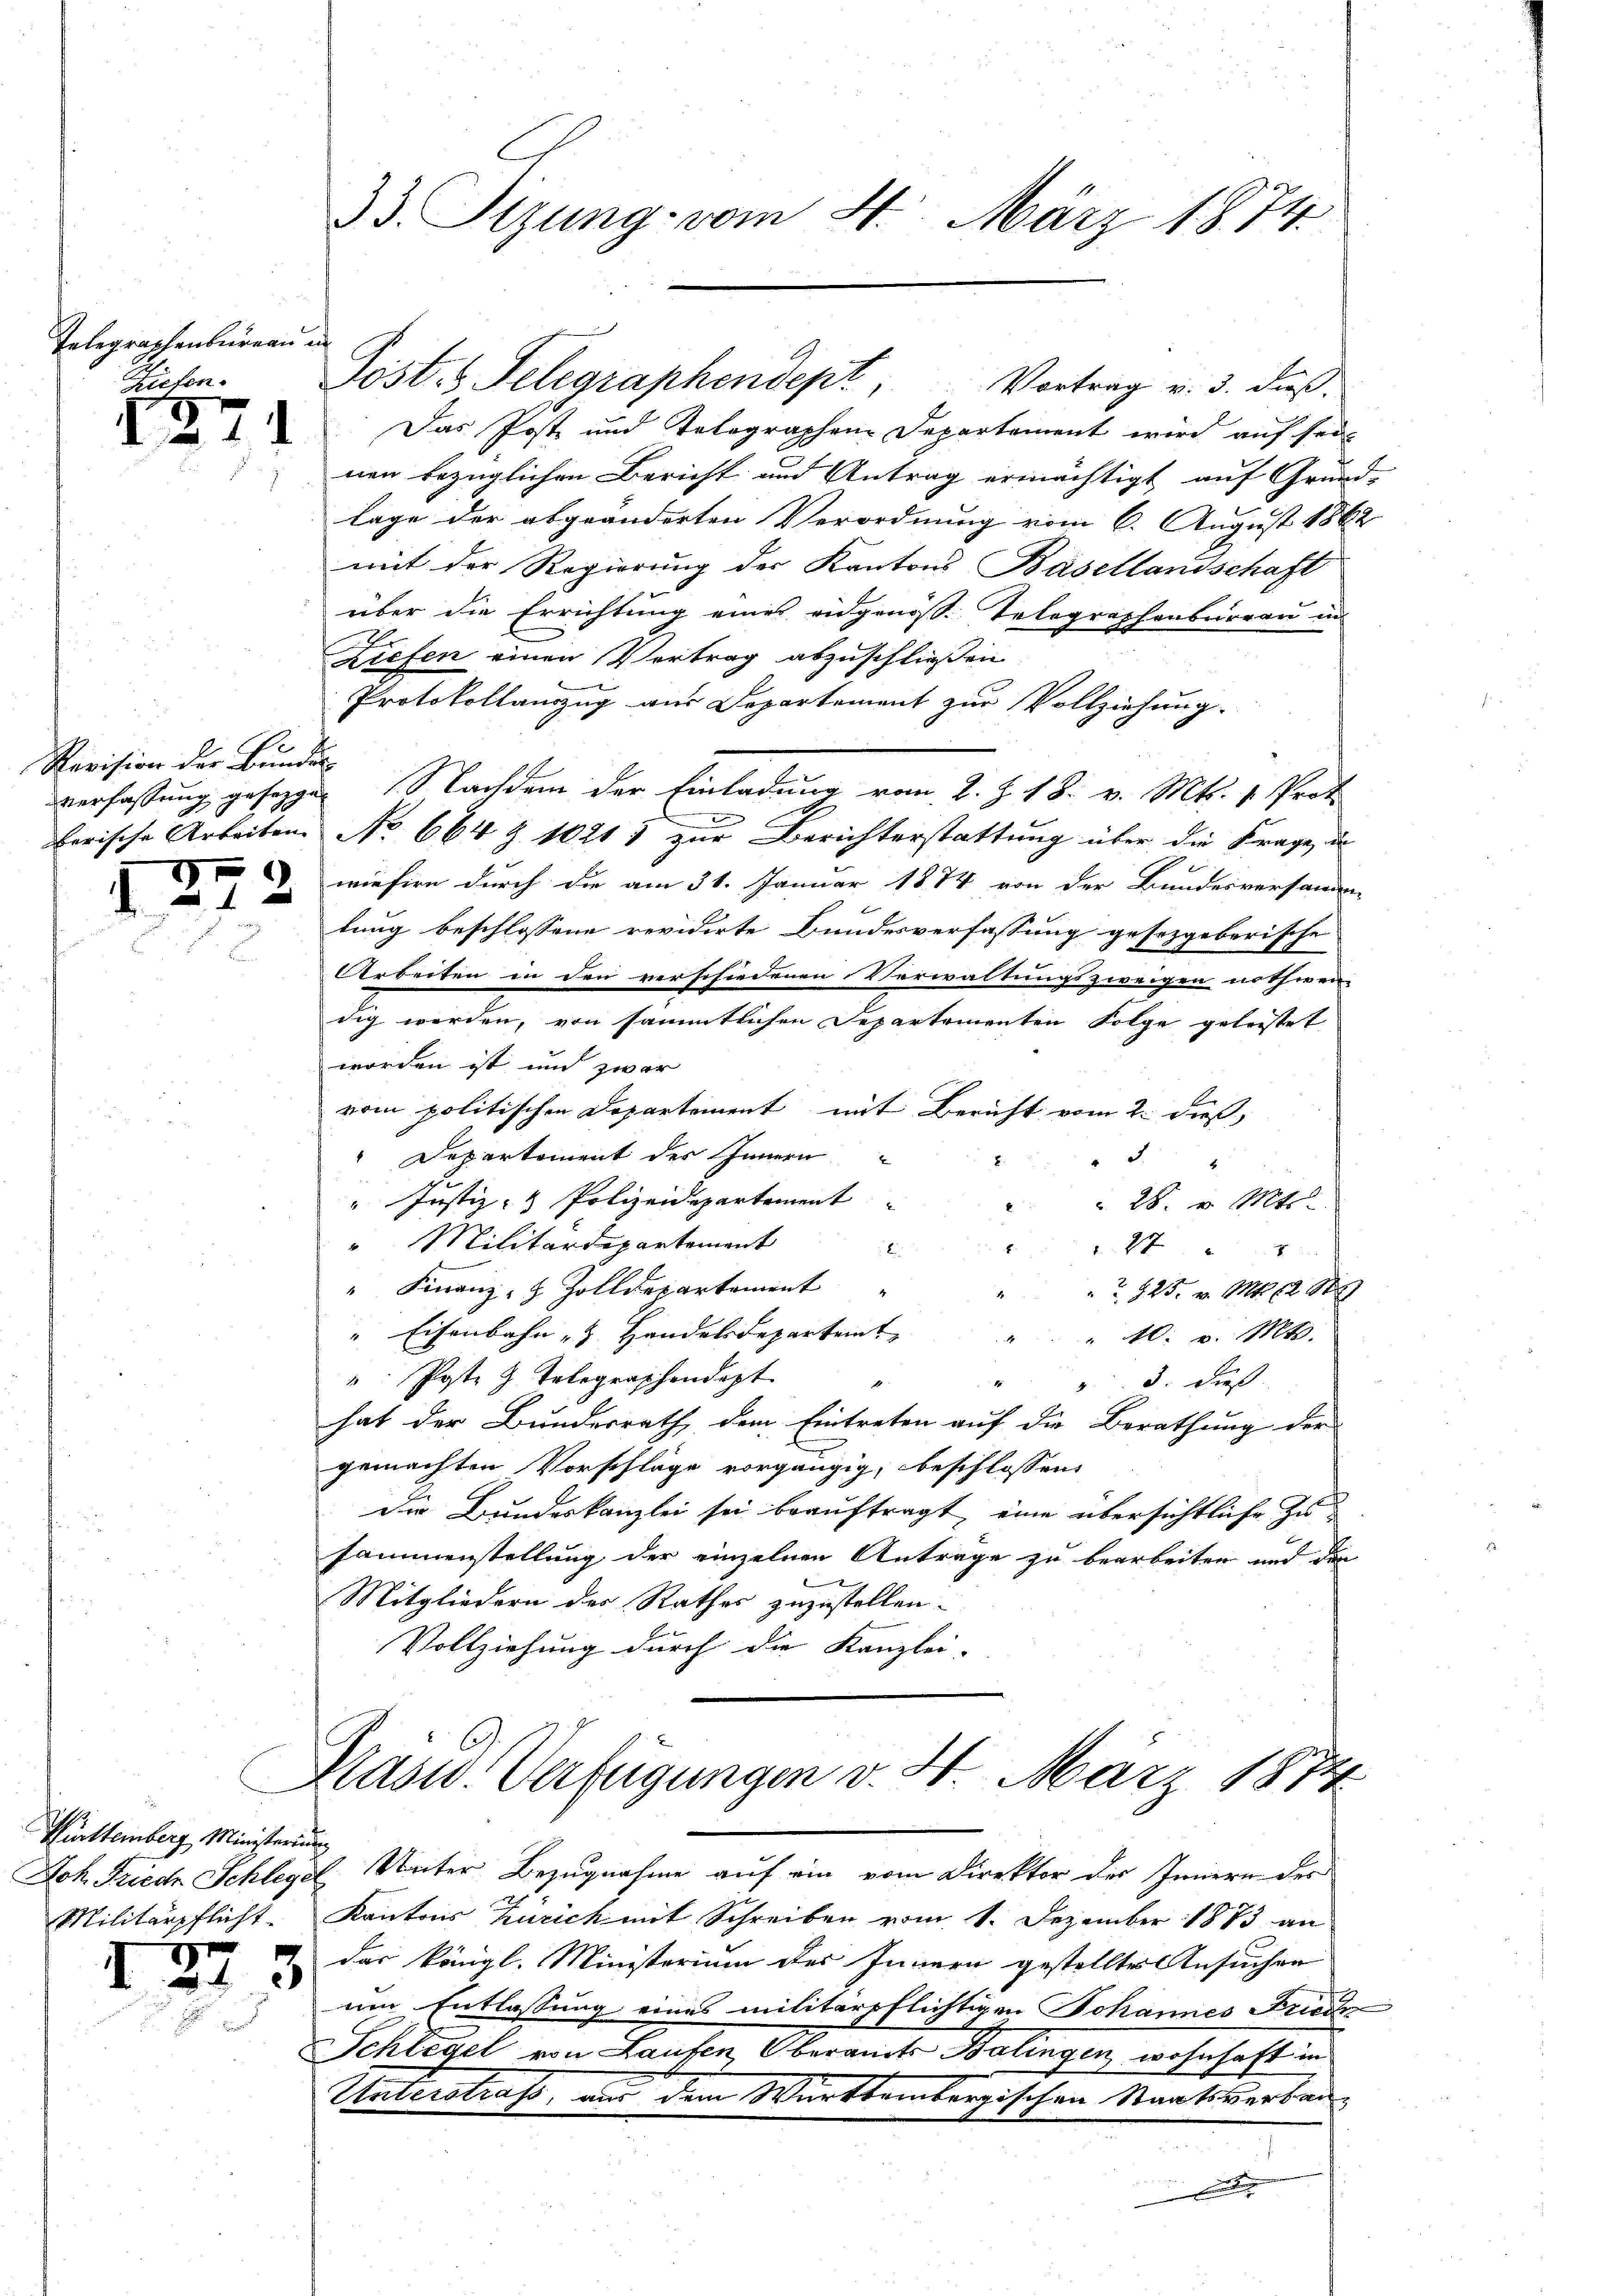
Telegraphenbureau ein
Tiefen.

71

Revision der Bunde

7
2

.

2

Württemberg Ministerium
Militärpflicht

3

33. Sizung vom 4. März 1874.

Das Poste und Telegraphen-Departement wird auf seinen bezüglichen Bericht und Antrag ermächtigt auf Grund-
lage der abgeänderten Verordnung vom 6. August 1862
mit der Regierung der Kantons Basellandschaft
über die Errichtung eines eidgenos. Telegraphenberren in
Ziefen einen Vertrag abzuschließen
u
Protokollauszug aus Departement zur Vollziehung.
verfassung gesezten Nachdem der Einladung vom 2. Z. 18. v. Mts. 1. Prot
.

berische Arbeiten No 664 § 10211 zur Berichterstattung über die Frage, u.
wiesern durch die am 31. Januar 1874 von der Bundesversammen-
lung beschlossene revidirte Bundesverfassung gesetzgeberische
Arbeiten in den verschiedenen Verwaltungszweigen nothwein
dig werden, von sämmtlichen Departementen Folge geleistet
worden ist und zwar
vom politischen Departement mit Bericht vom 2. dieß,
Departement des Innern

8
" Justiz- & Polizeidepartement
 28. v. Mts.
" Militärdepartement
27
E
" Finanz- & Zolldepartement
 925. v. Mt. 129
1
" Eisenbahn zu Handelsdepartemt
10. v. Mts.
". Post 3 Telegraphendept
" 5. dieß.
1
hat der Bundesrath, dem Eintreten auf die Berathung der
gemachten Vorschläge vorgängig, beschlossen,
die Bundeskanzlei sei beauftragt, eine übersichtliche Zu
sammenstellung der einzelnen Antrage zu bearbeiten und den
Mitgliedern der Rathes zuzustellen.
Vollziehung durch die Kanzlei- |

Pöstes Telegraphendept,
Vortrag v. 3. dieß.

Kasw. Verfügungen v. 4. März 1874

Joh. Friedr Schlegel Unter Bezugnahme auf ein vom Direktor der Innern der
Kantons Zürich mit Schreiben vom 1. Dezember 1873 an
das königl. Ministerium des Innern gestellte Ansuchen
um Entlassung eines militärpflichtigen Johannes Friede
Schlegel von Laufen, Oberamts Balingen, wohnhaft in
Unterstraf, aus dem Württembergischen Staatsverbau-